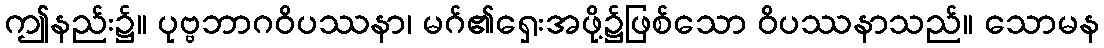
ဤနည်း၌။ ပုဗ္ဗဘာဂဝိပဿနာ၊ မဂ်၏ရှေးအဖို့၌ဖြစ်သော ဝိပဿနာသည်။ သောမန